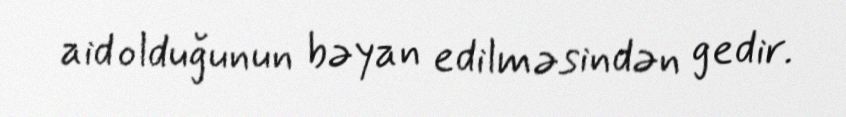
aid olduğunun bəyan edilməsindən gedir.